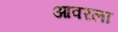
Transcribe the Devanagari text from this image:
आवरला